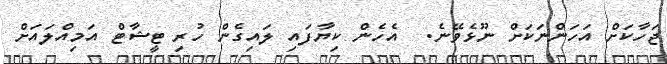
ޖަހާކަށް އަހަންނަކަށް ނޫޅެވޭނެ.  އެހެން ކިޔާފައި ލައިގެން ހުރި ޓީޝާޓް އަމިއްލައަށް